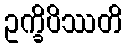
ဥက္ခိပိဿတိ